Report of the Hyderabad Chloroform Commission
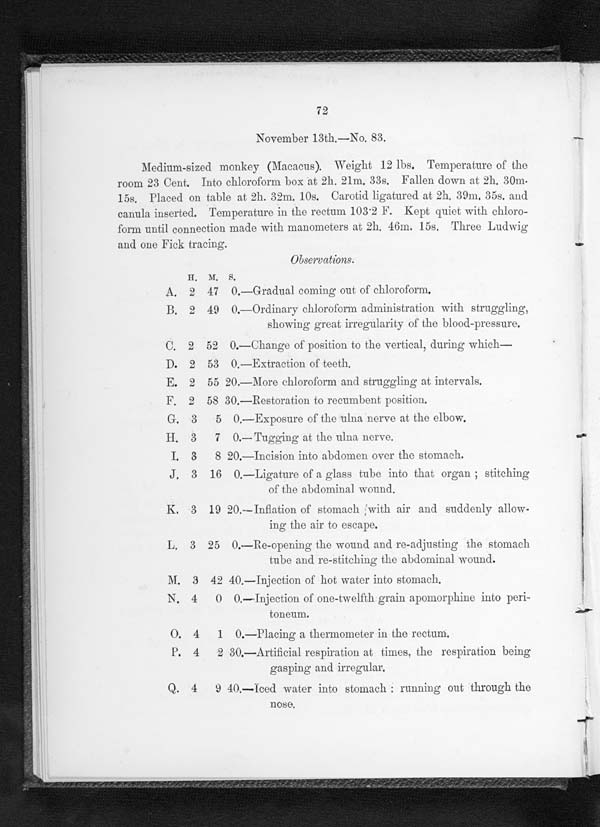
November 13th.—No. 83.
Medium-sized monkey (Macacus). Weight 12 lbs. Temperature of the
room 23 Cent. Into chloroform box at 2h. 21m. 33s. Fallen down at 2h. 30m.
15s. Placed on table at 2h. 32m. 10s. Carotid ligatured at 2h. 39m. 35s. and
canula inserted. Temperature in the rectum 103.2 F. Kept quiet with chloro-
form until connection made with manometers at 2h. 46m. 15s. Three Ludwig
and one Fick tracing.
Observations.
H. M. S.
A. 2 47 0.—Gradual coming out of chloroform.
B. 2 49 0.—Ordinary chloroform administration with struggling,
showing great irregularity of the blood-pressure.
C. 2 52 0.—Change of position to the vertical, during which
—
D.
2 53 0.—Extraction of teeth.
E. 2 55 20.—More chloroform and struggling at intervals.
F. 2 58 30.—Restoration to recumbent position.
G.
3 5 0.—Exposure of the ulna nerve at the elbow.
H.
3 7 0.—Tugging at the ulna nerve
.
I.
3 8 20.—Incision into abdomen over the stomach.
J.
3 16 0.—Ligature of a glass tube into that organ ; stitching
of the abdominal wound.
K.
3 19 20.—Inflation of stomach with air and suddenly allow-
ing the air to escape.
L.
3 25 0.—Re-opening the wound and re-adjusting the stomach
tube and re-stitching the abdominal wound.
M.
3 42 40.—Injection of hot water into stomach.
N.
4 0 0.—Injection of one-twelfth grain apomorphine into peri-
O. P.
4 2 30.—Artiticial respiration at times, the respiratio
Q.
4 9 40.—Iced water into stomach ;running out through the
nose.